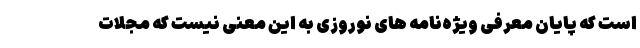
است که پایان معرفی ویژه‌نامه های نوروزی به این معنی نیست که مجلات